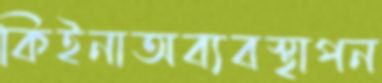
কিইনাঅব্যবস্থাপন